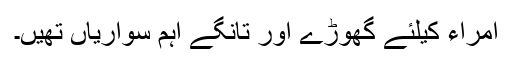
اُمراء کیلئے گھوڑے اور تانگے اہم سواریاں تھیں۔